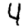
Digit: 4